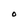
Character: O